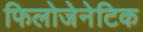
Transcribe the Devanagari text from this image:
फिलोजेनेटिक